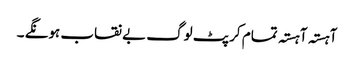
آہستہ آہستہ تمام کرپٹ لوگ بے نقاب ہونگے ۔